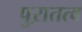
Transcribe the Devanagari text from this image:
पुऱातत्व